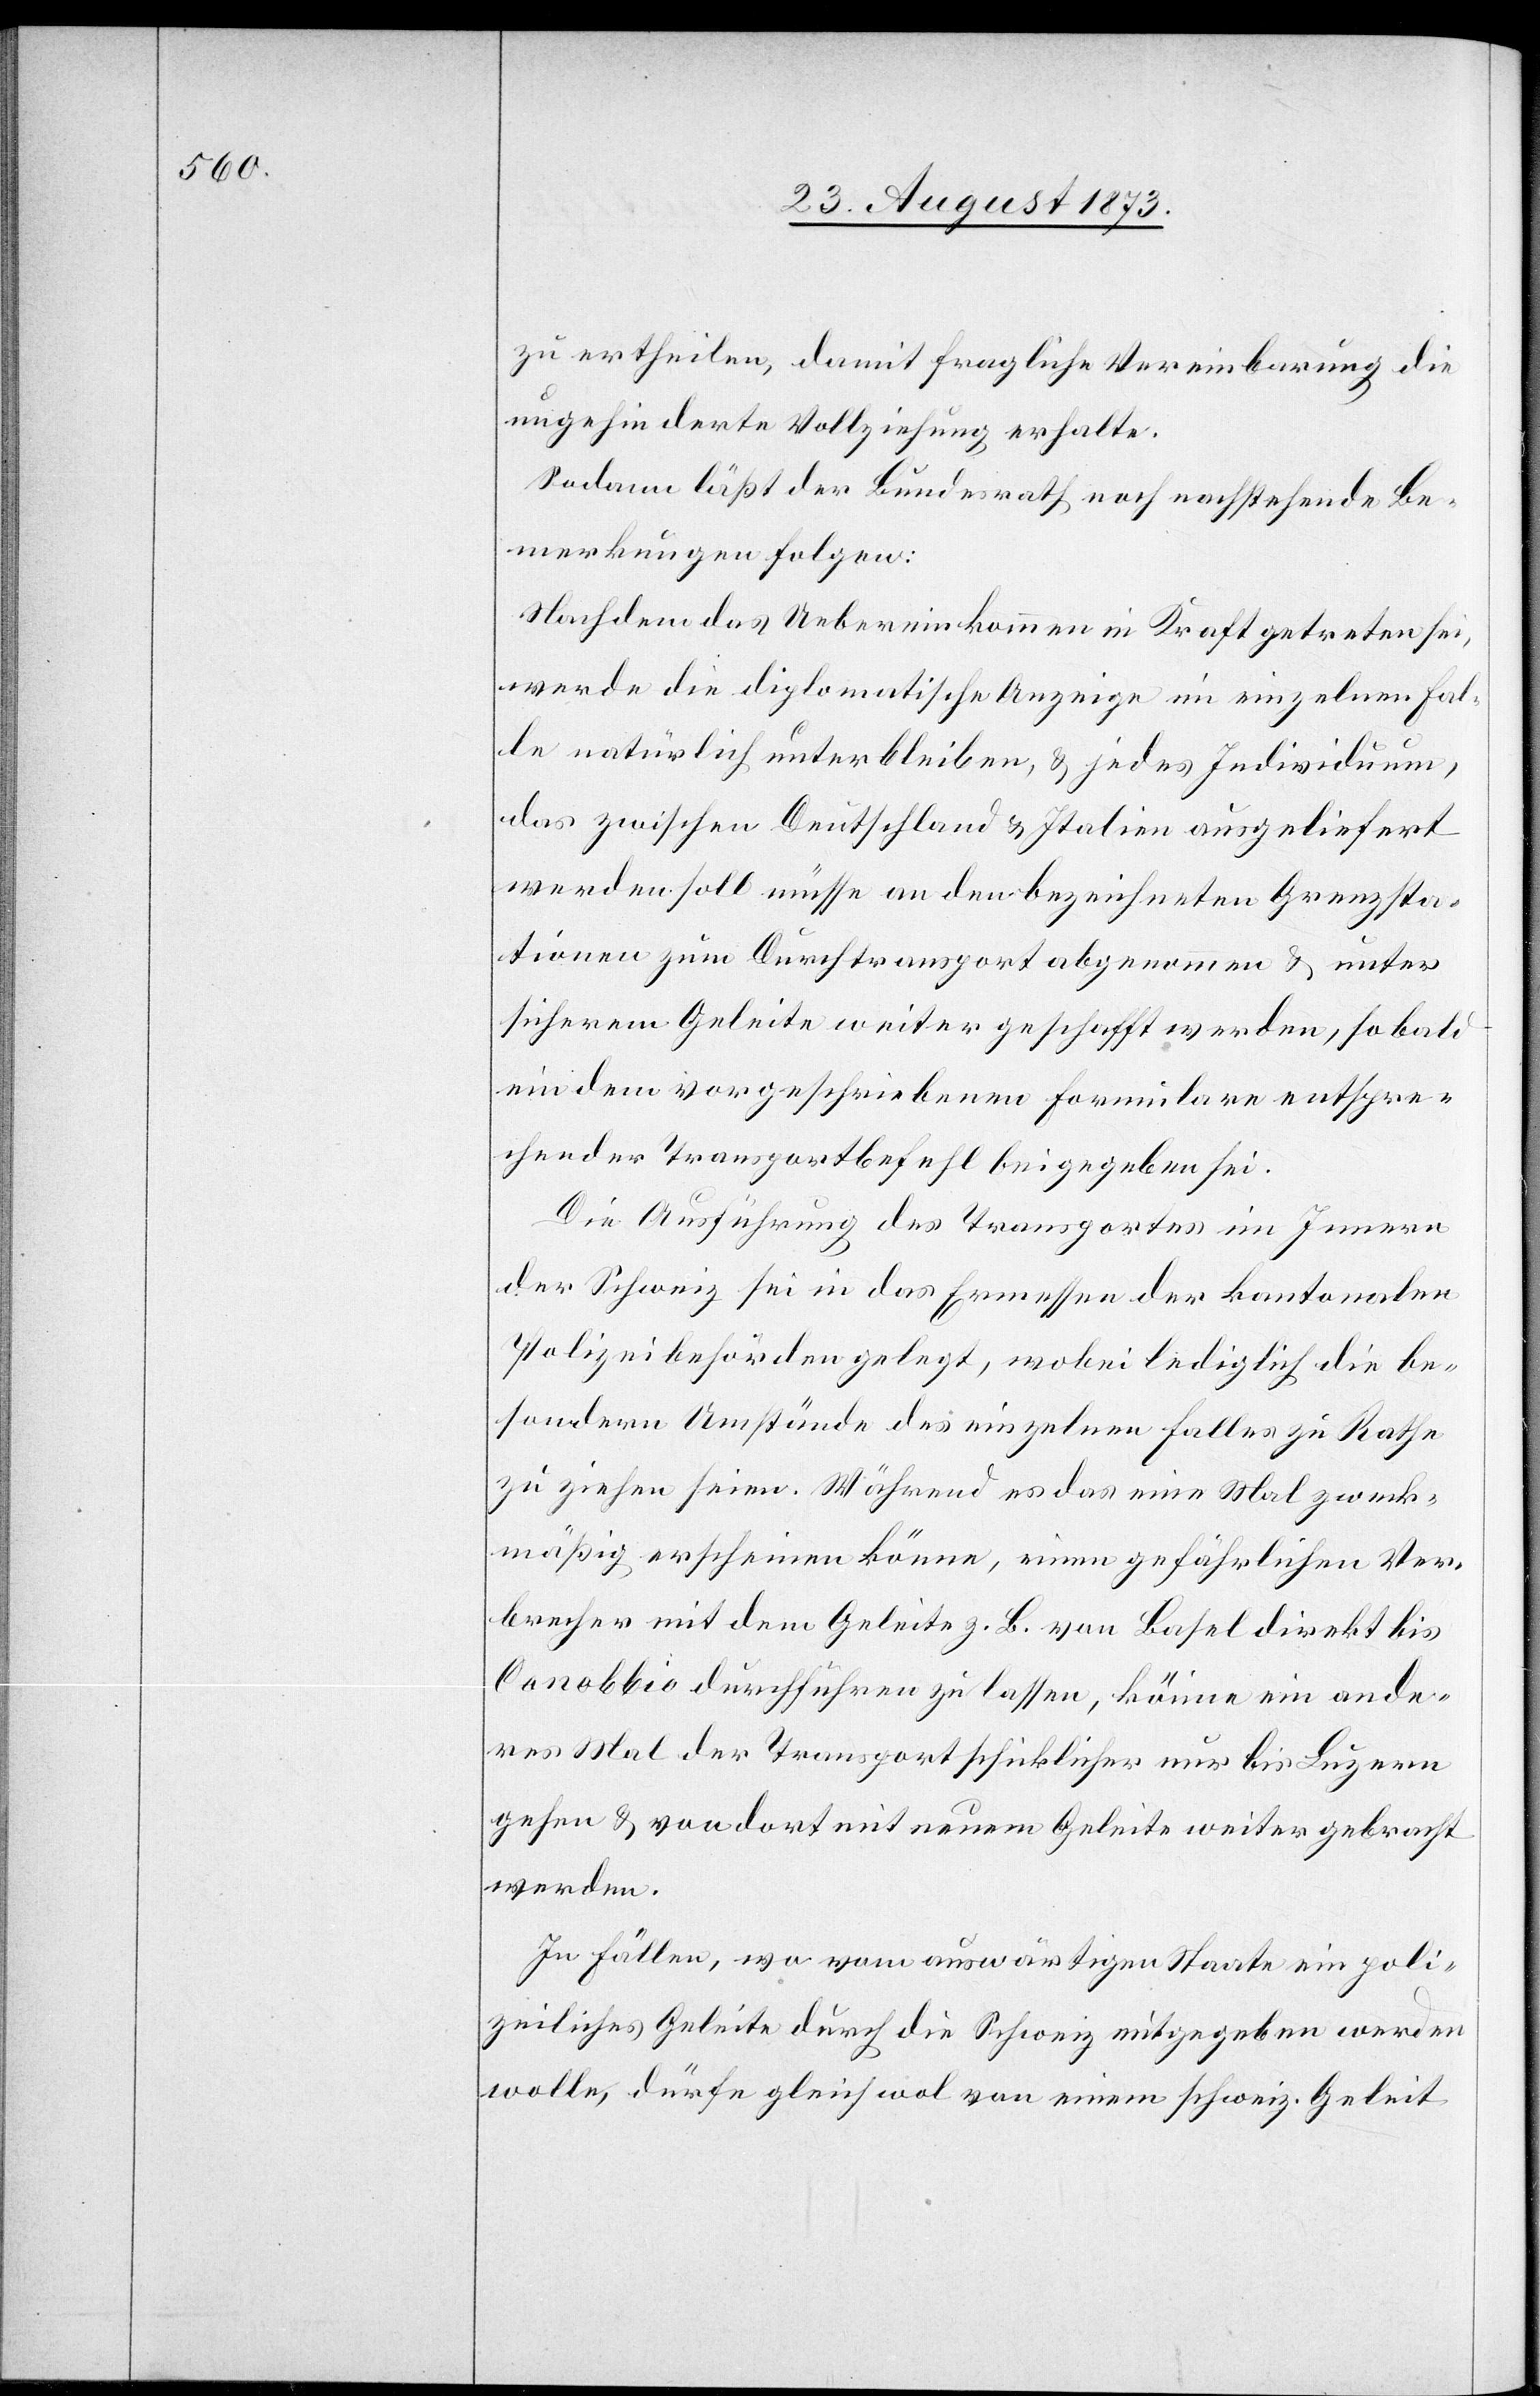
zu ertheilen, damit fragliche Vereinbarung die
ungehinderte Vollziehung erhalte.
Sodann läßt der Bundesrath noch nachstehende Be¬
merkungen folgen:
Nachdem das Uebereinkommen in Kraft getreten sei,
werde die diplomatische Anzeige im einzelnen Fal¬
le natürlich unterblieben, & jedes Individuum,
das zwischen Deutschland & Italien ausgeliefert
werden soll müsse an den bezeichneten Grenzsta¬
tionen zum Durchtransport abgenommen & unter
sicherem Geleite weiter geschafft werden, sobald
ein dem vorgeschriebenen Formulare entspre¬
chender Transportbefehl beigegeben sei.
Die Ausführung des Transportes im Innern
der Schweiz sei in das Ermessen der kantonalen
Polizeibehörden gelegt, wobei lediglich die be¬
sondern Umstände des einzelnen Falles zu Rathe
zu ziehen seien. Während es das eine Mal zweck¬
mäßig erscheinen könne, einen gefährlichen Ver¬
brecher mit dem Geleite z. B. von Basel direkt bis
Canobbio durchführen zu lassen, könne ein ande¬
res Mal der Transport schicklicher nur bis Luzern
gehen & von dort mit neuem Geleite weiter gebracht
werden.
In Fällen, wo vom auswärtigen Staate ein poli¬
zeiliches Geleite durch die Schweiz mitgegeben werden
wolle, dürfe gleichwol von einem schweiz. Geleit